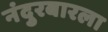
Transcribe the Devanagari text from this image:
नंदुरबारला